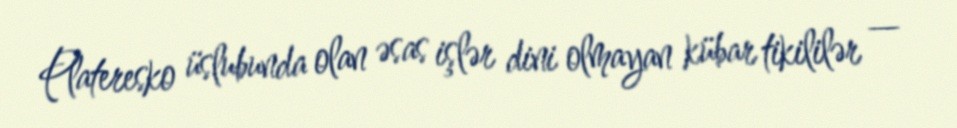
Plateresko üslubunda olan əsas işlər dini olmayan kübar tikililər —